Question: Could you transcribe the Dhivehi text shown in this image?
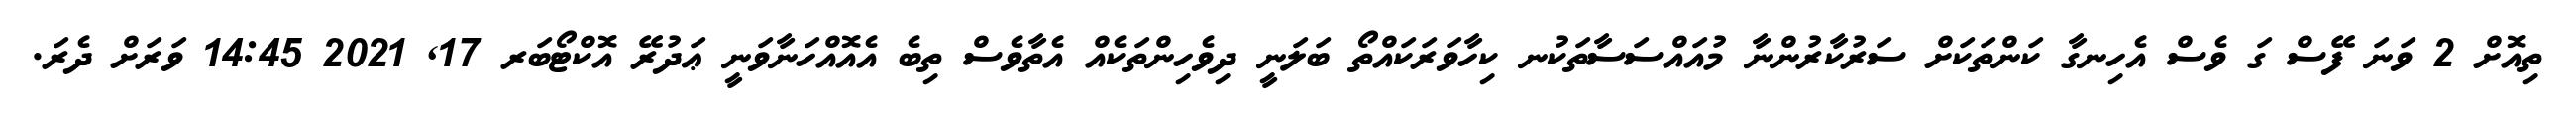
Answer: ތިއޮށް 2 ވަނަ ފޭސް ގަ ވެސް އެހިނގާ ކަންތަކަށް ސަރުކާރުންނާ މުއައްސަސާތަކުނ ކިހާވަރަކައްތޯ ބަލަނީ ދިވެހިންތަކެއް އެތާވެސް ތިބެ އެއޮއްހަނާވަނީ ޢަދުރޭ އޮކްޓޯބަރ 17, 2021 14:45 ވަރަށް ދެރަ.